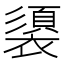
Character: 𮖶